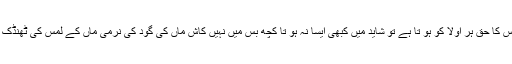
اقبال کبھی سو چتا تھا اگر مجھے وہ تو جہ پیار دیتی جس کا حق ہر اولا کو ہو تا ہے تو شاید میں کبھی ایسا نہ ہو تا کچھ بس میں نہیں کاش ماں کی گود کی نرمی ماں کے لمس کی ٹھنڈک ملی ہو ئی تو آج یوں ہر عورت میں ماں کو نہ ڈھو نڈتا۔